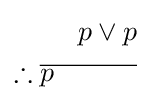
{\begin{aligned}p\vee p\\\therefore {\overline {p\quad \quad \quad }}\\\end{aligned}}